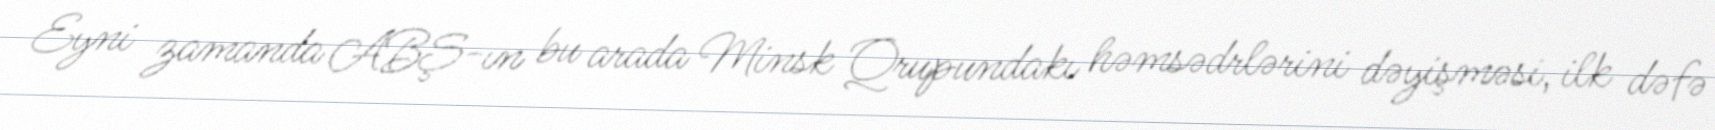
Eyni zamanda ABŞ-ın bu arada Minsk Qrupundakı həmsədrlərini dəyişməsi, ilk dəfə